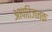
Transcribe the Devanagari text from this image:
आपतिजनक